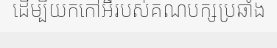
ដើម្បីយកកៅអីរបស់គណបក្សប្រឆាំង